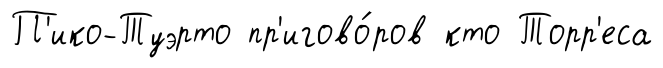
П'ико-Туэрто пр'игово́ров кто Торр'еса